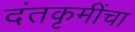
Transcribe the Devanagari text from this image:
दंतकृमींचा